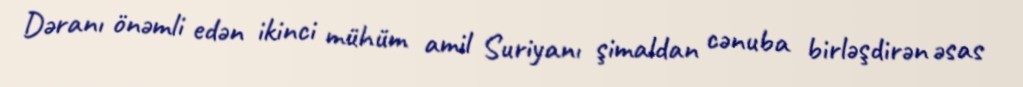
Dəranı önəmli edən ikinci mühüm amil Suriyanı şimaldan cənuba birləşdirən əsas